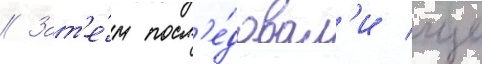
// Зат'е́м посл'е́довал'и еще